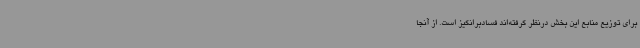
برای توزیع منابع این بخش درنظر گرفته‌اند فسادبرانگیز است. از آنجا